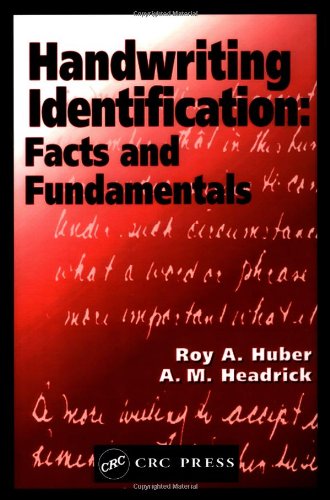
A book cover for Handwriting Identification: Facts and Fundamentals; Roy A. Huber; Reference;